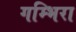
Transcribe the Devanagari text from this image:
गम्भिरा